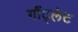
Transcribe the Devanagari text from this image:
गौंट्लेट